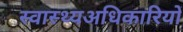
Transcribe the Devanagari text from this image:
स्वास्थ्यअधिकारियों